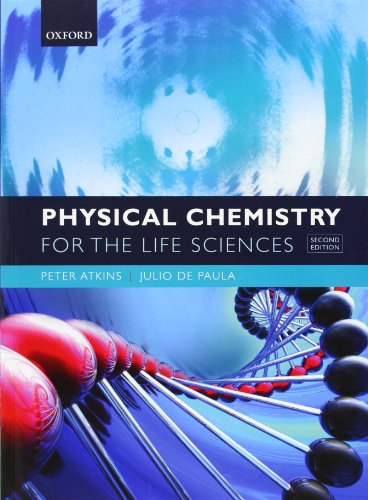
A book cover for Physical Chemistry for the Life Sciences; Peter Atkins; Science & Math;